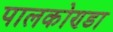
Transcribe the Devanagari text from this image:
पालकोण्डा